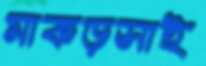
মাকড়সাই